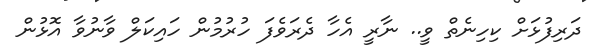
ދަރިފުޅަށް ކިހިނެތް ވީ.. ނާރީ އެހާ ދެރަވެފަ ހުރުމުން ހައިކަލް ވާނުވާ އޮޅުން